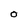
Character: 0